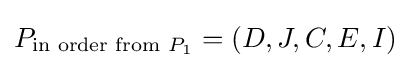
P_{{\text{in order from }}P_{1}}=\left(D,J,C,E,I\right)